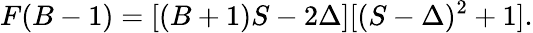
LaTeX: F(B-1)=[(B+1)S-2\Delta][(S-\Delta)^{2}+1].